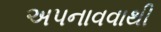
અપનાવવાથી